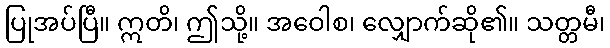
ပြုအပ်ပြီ။ ဣတိ၊ ဤသို့။ အဝေါစ၊ လျှောက်ဆို၏။ သတ္တမီ၊